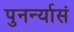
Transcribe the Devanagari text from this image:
पुनर्न्यासं